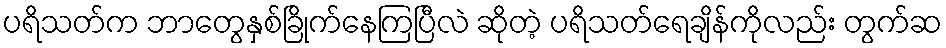
ပရိသတ်က ဘာတွေနှစ်ခြိုက်နေကြပြီလဲ ဆိုတဲ့ ပရိသတ်ရေချိန်ကိုလည်း တွက်ဆ